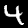
Label: 4